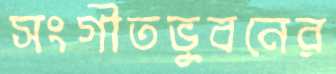
সংগীতভুবনের